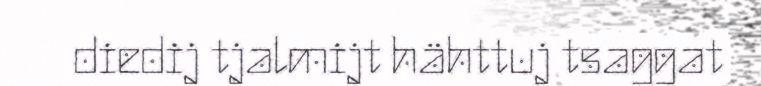
diedij tjalmijt hähttuj tsaggat